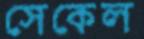
সেকেল